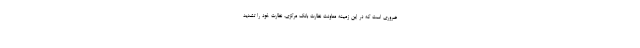
ضروری است که در این زمینه معاونت نظارت بانک مرکزی، نظارت خود را تشدید